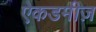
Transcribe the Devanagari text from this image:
ऐकडमीज़